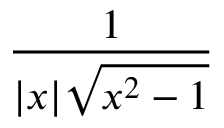
\frac { 1 } { | x | { \sqrt { x ^ { 2 } - 1 } } }